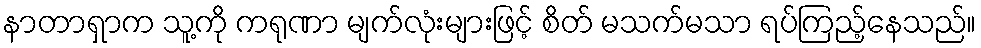
နာတာရှာက သူ့ကို ကရုဏာ မျက်လုံးများဖြင့် စိတ် မသက်မသာ ရပ်ကြည့်နေသည်။